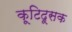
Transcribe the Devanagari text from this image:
कूटिदूसक